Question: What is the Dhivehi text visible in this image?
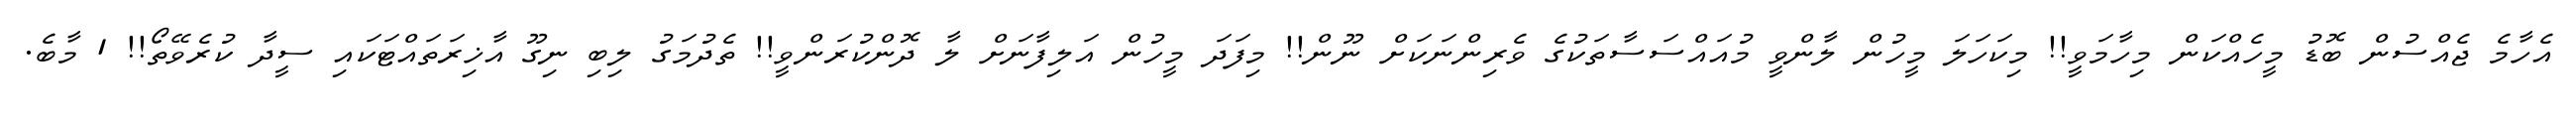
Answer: އެހާމެ ޖެއްސުން ބޮޑު މީހެއްކަން މިހާމަވީ!! މިކަހަލަ މީހުން ލާންވީ މުއައްސަސާތަކުގެ ވެރިންނަކަށް ނޫން!! މިފަދަ މީހުން އަލިފާނަށް ލާ ދޮންކުރަންވީ!! ތެދުމަގު ލިބި ނިގޫ އާޚިރަތައްޓަކައި ސީދާ ކުރެވޭތޯ!! 1 މާބެ.